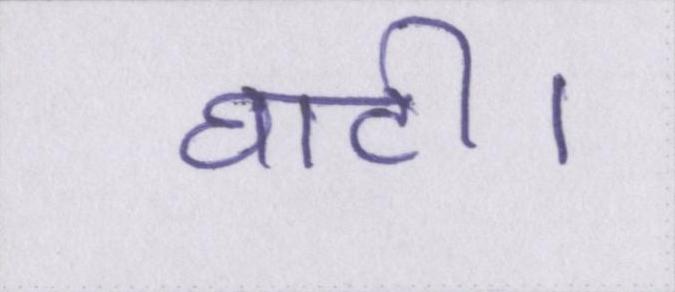
घाटी।